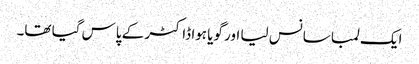
ایک لمبا سانس لیا اور گویا ہوا ڈاکٹر کے پاس گیا تھا۔